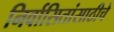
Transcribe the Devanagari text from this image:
निर्वासितांसाठीचे